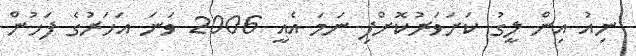
ނިއު އިން ލީގު ކަށަވަރުކޮށްފި ނަމަ އެއީ 2006 ވަނަ އަހަރުގެ ފަހުން